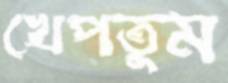
খেপতুম